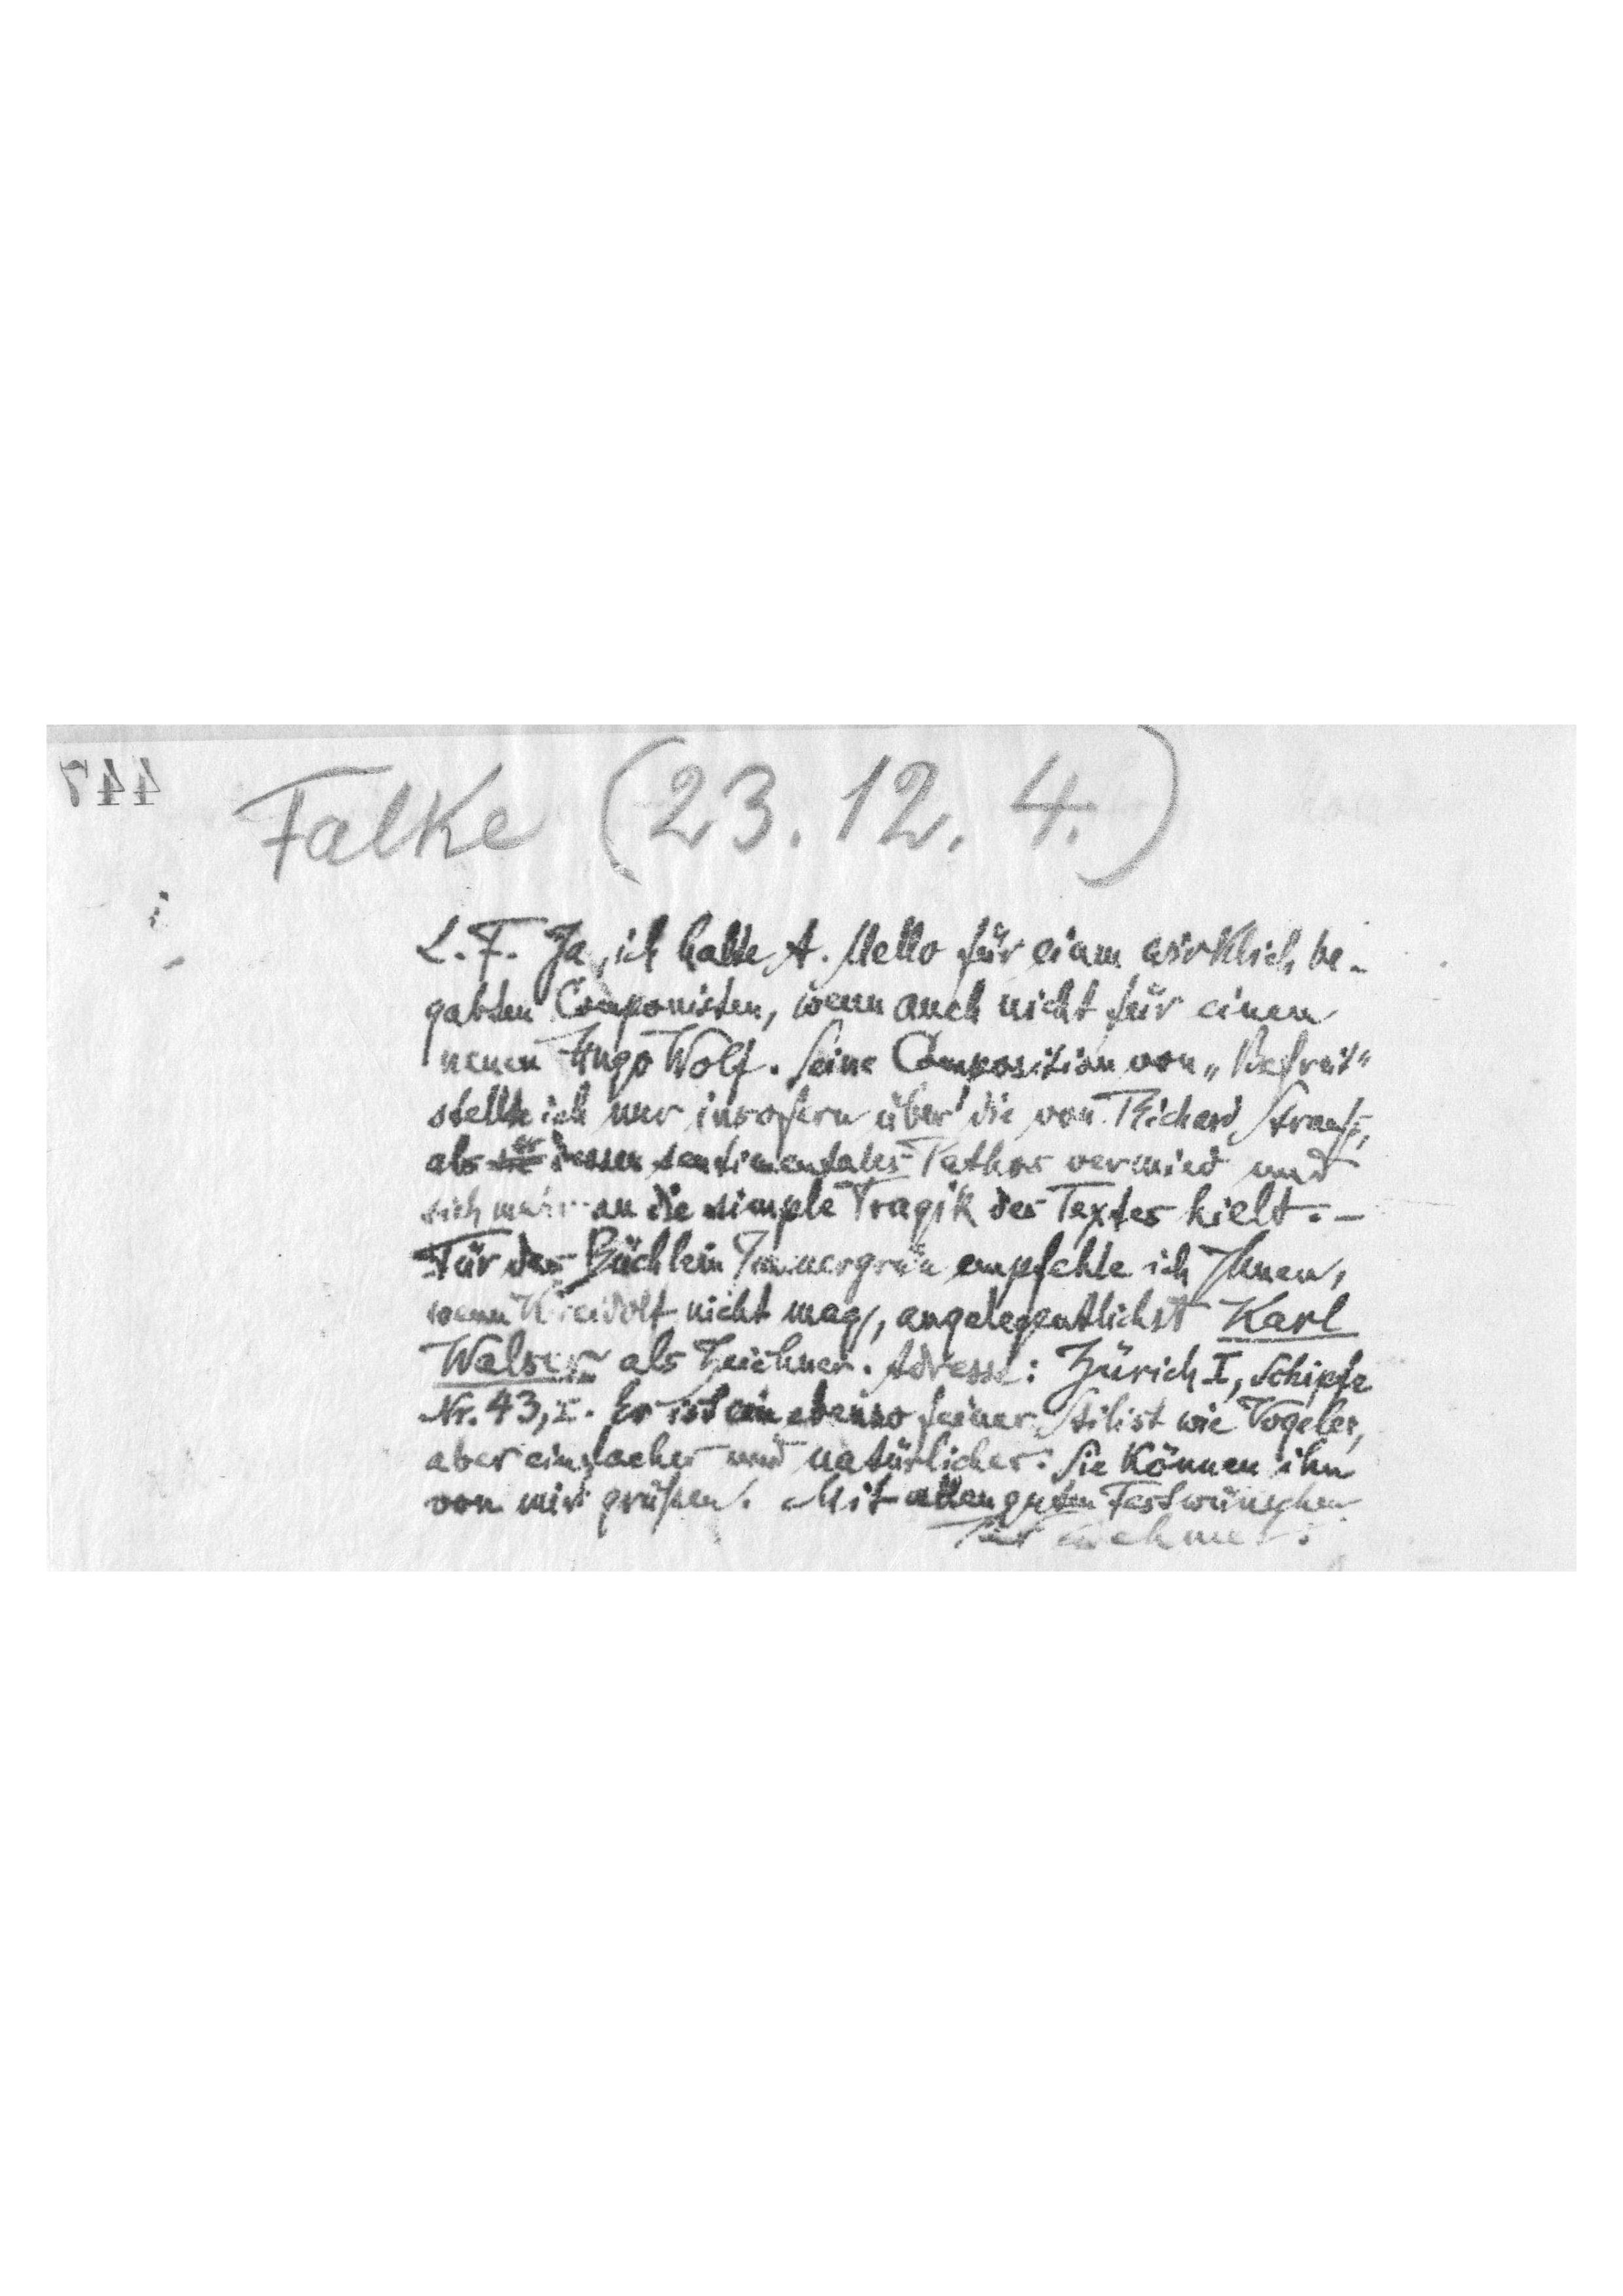
Falke (23.12. 4.)
L.F. Ja, ich halte A. Mello für einen wirklich be-
gabten Componisten, wenn auch nicht für einen
neuen Hugo Wolf. Seine Composition von "Befreit"
stellte ich nur insofern über die von Richard Strauß,
als sie er dessen sentimentales Pathos vermied und
sich mehr an die simple Tragik des Textes hielt.
Für das Büchlein Immergrün empfehle ich Ihnen,
wenn Kreidolf nicht mag, angelegentlichst Karl
Walser als Zeichner. Adresse: Zürich I, Schipfe
Nr. 43, I. Er ist ein ebenso feiner Stilist wie Vogeler,
aber einfacher und natürlicher. Sie können ihn
von mir grüßen. Mit allen guten Festwünschen
Ihr Dehmel